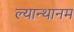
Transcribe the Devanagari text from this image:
ल्यान्थानम